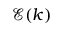
{ \mathcal { E } } ( k )